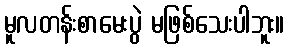
မူလတန်းစာမေးပွဲ မဖြစ်သေးပါဘူး။